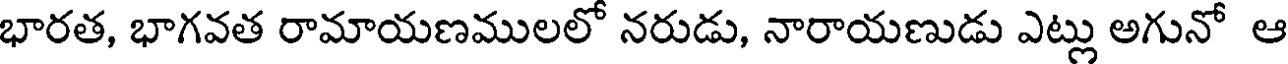
భారత, భాగవత రామాయణములలో నరుడు, నారాయణుడు ఎట్లు అగునో ఆ